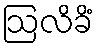
ဩလိခိံ